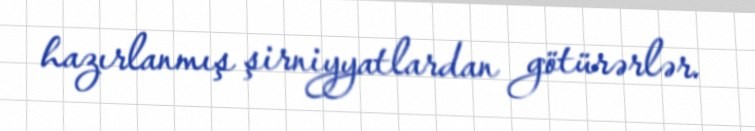
hazırlanmış şirniyyatlardan götürərlər.